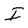
Character: I